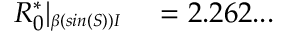
\begin{array} { r l } { R _ { 0 } ^ { * } | _ { \substack { _ { \beta ( s i n ( S ) ) I } } } } & { { } = 2 . 2 6 2 . . . } \end{array}